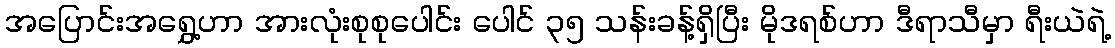
အပြောင်းအရွှေ့ဟာ အားလုံးစုစုပေါင်း ပေါင် ၃၅ သန်းခန့်ရှိပြီး မိုဒရစ်ဟာ ဒီရာသီမှာ ရီးယဲရဲ့